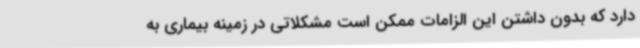
دارد که بدون داشتن این الزامات ممکن است مشکلاتی در زمینه بیماری به